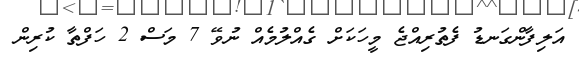
އަލިފާންގަނޑު ފެތުރިއްޖެ މީހަކަށް ގެއްލުމެއް ނުވޭ 7 މަސް 2 ހަފްތާ ކުރިން